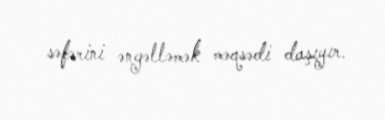
səfərini əngəlləmək məqsədi daşıyır.